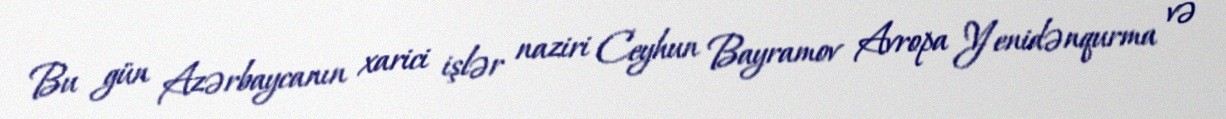
Bu gün Azərbaycanın xarici işlər naziri Ceyhun Bayramov Avropa Yenidənqurma və